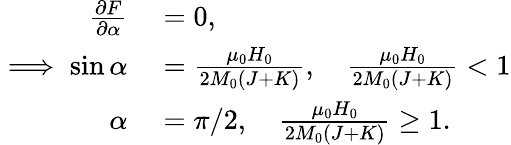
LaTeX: \begin{array}{rl}{\frac{\partial F}{\partial\alpha}}&{{}=0,}\\ {\implies\sin\alpha}&{{}=\frac{\mu_{0}H_{0}}{2M_{0}\left(J+K\right)},\quad\frac{\mu_{0}H_{0}}{2M_{0}\left(J+K\right)}<1}\\ {\alpha}&{{}=\pi/2,\quad\frac{\mu_{0}H_{0}}{2M_{0}\left(J+K\right)}\geq 1.}\end{array}